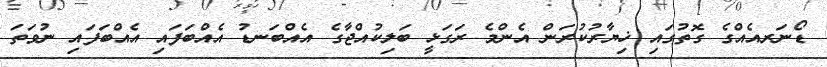
ޑޯނަރއެއްގެ ގޮތުގައި ޚިޔާރުކުރަން އެންމެ ރަގަޅީ ބަލިކުއްޖާގެ އެއްބަނޑު އެއްބަފައި އެއްބަފައި ނުވަތަ